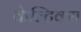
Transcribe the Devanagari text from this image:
केल्टिक्स